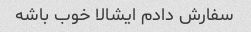
سفارش دادم ایشالا خوب باشه